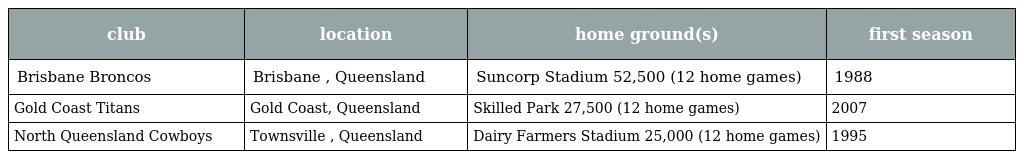
| club | location | home ground(s) | first season |
 | --- | --- | --- | --- |
 | Brisbane Broncos | Brisbane , Queensland | Suncorp Stadium 52,500 (12 home games) | 1988 |
 | Gold Coast Titans | Gold Coast, Queensland | Skilled Park 27,500 (12 home games) | 2007 |
 | North Queensland Cowboys | Townsville , Queensland | Dairy Farmers Stadium 25,000 (12 home games) | 1995 |